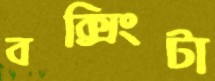
বক্সিংটা